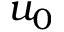
u _ { 0 }